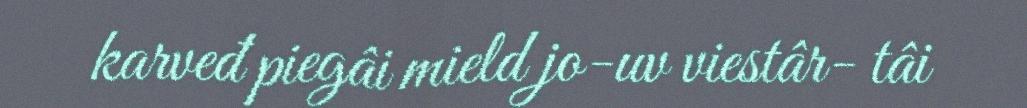
karveđ piegâi mield jo-uv viestâr- tâi